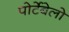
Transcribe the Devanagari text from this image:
पोर्टेबेलो